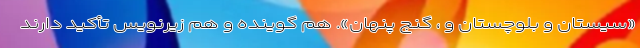
«سیستان و بلوچستان و ، گنج پنهان». هم گوینده و هم زیر‌نویس تأکید دارند